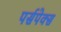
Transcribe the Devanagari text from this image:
पर्सपेक्स